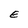
Character: E